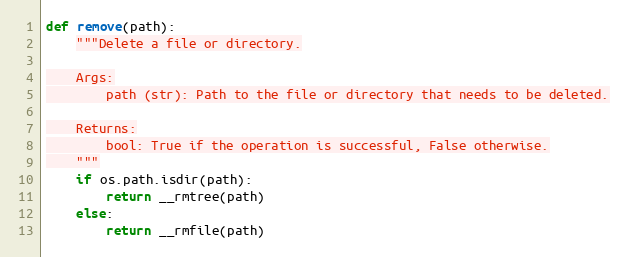
Language: Python
def remove(path):
    """Delete a file or directory.

    Args:
        path (str): Path to the file or directory that needs to be deleted.

    Returns:
        bool: True if the operation is successful, False otherwise.
    """
    if os.path.isdir(path):
        return __rmtree(path)
    else:
        return __rmfile(path)